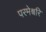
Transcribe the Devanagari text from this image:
परमेश्वरि